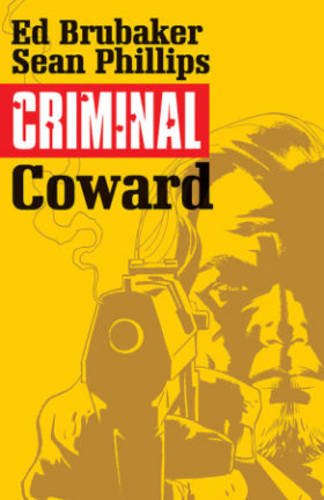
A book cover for Criminal Volume 1: Coward (Criminal Tp (Image)); Ed Brubaker; Comics & Graphic Novels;